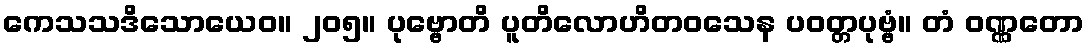
ကေသသဒိသောယေဝ။ ၂၀၅။ ပုဗ္ဗောတိ ပူတိလောဟိတဝသေန ပဝတ္တပုဗ္ဗံ။ တံ ဝဏ္ဏတော